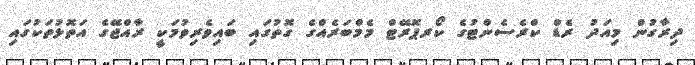
ދިރާގުން މިއަދު ރެޑް ކްރެސެންޓުގެ ކޯރޕޮރޭޓް މެމްބަރެއްގެ ގޮތުގައި ބައިވެރިވުމަކީ ރާއްޖޭގެ އަތޮޅުތަކުގައި